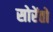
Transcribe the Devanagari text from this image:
सोरेंतो